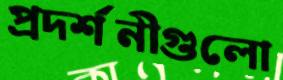
প্রদর্শনীগুলো